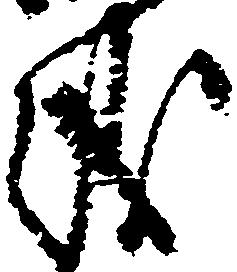
儀